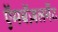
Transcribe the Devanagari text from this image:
ऍमबॅज़लमेंट